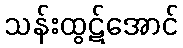
သန်းထွဋ်အောင်